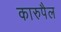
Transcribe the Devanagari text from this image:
कारुपैल